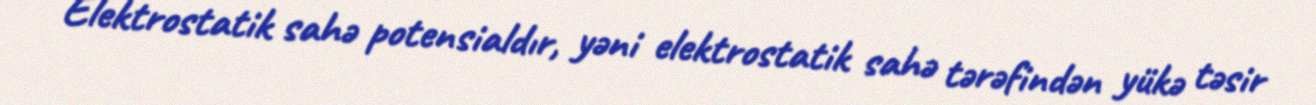
Elektrostatik sahə potensialdır, yəni elektrostatik sahə tərəfindən yükə təsir